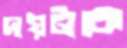
দায়টাকে